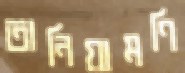
তানিয়ামণি